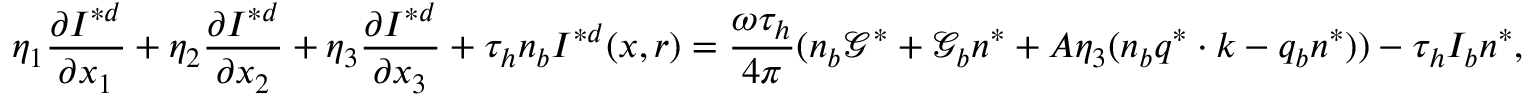
\eta _ { 1 } \frac { \partial I ^ { * d } } { \partial x _ { 1 } } + \eta _ { 2 } \frac { \partial I ^ { * d } } { \partial x _ { 2 } } + \eta _ { 3 } \frac { \partial I ^ { * d } } { \partial x _ { 3 } } + \tau _ { h } n _ { b } I ^ { * d } ( \boldsymbol { x } , \boldsymbol { r } ) = \frac { \omega \tau _ { h } } { 4 \pi } ( n _ { b } \mathcal { G } ^ { * } + \mathcal { G } _ { b } n ^ { * } + A \eta _ { 3 } ( n _ { b } \boldsymbol { q } ^ { * } \cdot \boldsymbol { k } - q _ { b } n ^ { * } ) ) - \tau _ { h } I _ { b } n ^ { * } ,